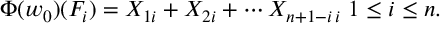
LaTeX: \Phi ( w _ { 0 } ) ( F _ { i } ) = X _ { 1 i } + X _ { 2 i } + \cdots X _ { n + 1 - i \, i } \; 1 \leq i \leq n .